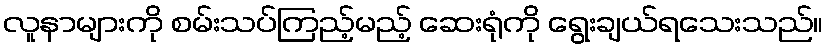
လူနာများကို စမ်းသပ်ကြည့်မည့် ဆေးရုံကို ရွေးချယ်ရသေးသည်။